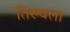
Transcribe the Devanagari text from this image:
तिरुवला